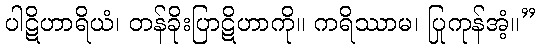
ပါဋိဟာရိယံ၊ တန်ခိုးပြာဋိဟာကို။ ကရိဿာမ၊ ပြုကုန်အံ့။”